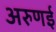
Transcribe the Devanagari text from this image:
अरुणई